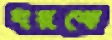
ধরকে